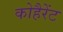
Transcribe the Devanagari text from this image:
कोहैरेंट